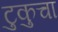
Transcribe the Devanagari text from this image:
टुकुचा